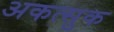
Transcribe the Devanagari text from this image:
अकत्सुक